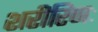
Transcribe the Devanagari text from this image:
शरीरिणः